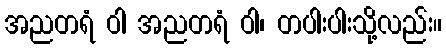
အညတရံ ဝါ အညတရံ ဝါ၊ တပါးပါးသို့လည်း။